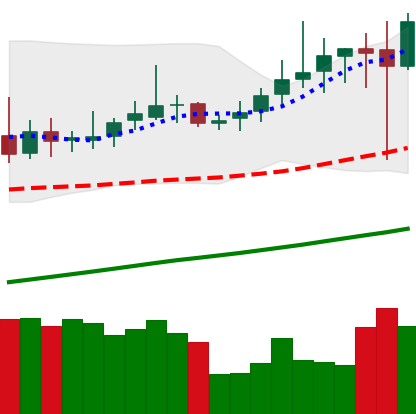
Ticker: DOGE-USD
Chart end date: 2019-06-28
Forward return: -5.072%
Label: down_5_7